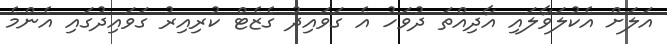
އަލަށް އެކުލަވާލައި އާދިއްތަ ދުވަހު އެ ގަވައިދު ގެޒެޓް ކުރިއިރު ގަވައިދުގައި އެންމެ